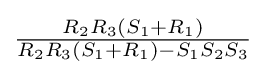
{\tfrac {R_{2}R_{3}(S_{1}+R_{1})}{R_{2}R_{3}(S_{1}+R_{1})-S_{1}S_{2}S_{3}}}